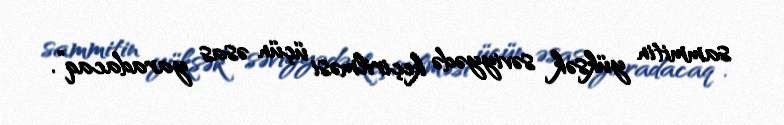
sammitin yüksək səviyyədə keçirilməsi üçün əsas yaradacaq”.